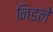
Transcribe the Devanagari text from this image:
निडले